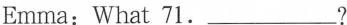
Emma: What 71.___?